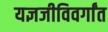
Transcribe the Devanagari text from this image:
यज्ञजीविवर्गांत